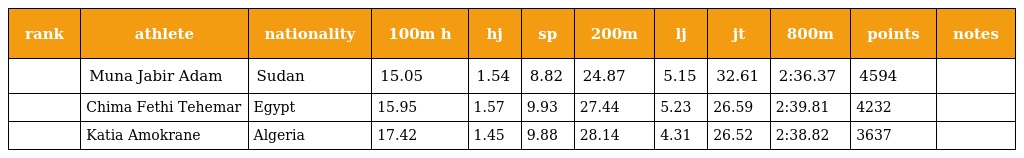
| rank | athlete | nationality | 100m h | hj | sp | 200m | lj | jt | 800m | points | notes |
 | --- | --- | --- | --- | --- | --- | --- | --- | --- | --- | --- | --- |
 |  | Muna Jabir Adam | Sudan | 15.05 | 1.54 | 8.82 | 24.87 | 5.15 | 32.61 | 2:36.37 | 4594 |  |
 |  | Chima Fethi Tehemar | Egypt | 15.95 | 1.57 | 9.93 | 27.44 | 5.23 | 26.59 | 2:39.81 | 4232 |  |
 |  | Katia Amokrane | Algeria | 17.42 | 1.45 | 9.88 | 28.14 | 4.31 | 26.52 | 2:38.82 | 3637 |  |